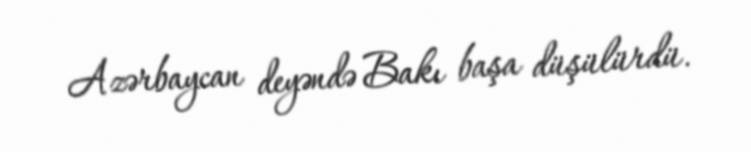
Azərbaycan deyəndə Bakı başa düşülürdü.